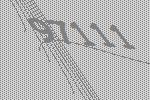
97111